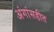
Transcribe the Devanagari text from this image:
अंगांसहीत